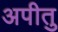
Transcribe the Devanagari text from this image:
अपीतु